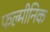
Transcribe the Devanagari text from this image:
फल्मीनिक